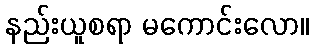
နည်းယူစရာ မကောင်းလော။